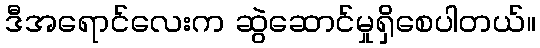
ဒီအရောင်လေးက ဆွဲဆောင်မှုရှိစေပါတယ်။